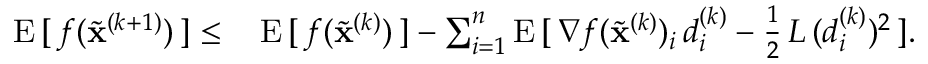
\begin{array} { r l } { \mathrm { E } \, [ \, f ( \widetilde \mathbf { x } ^ { ( k + 1 ) } ) \, ] \le \, } & { \mathrm { E } \, [ \, f ( \widetilde \mathbf { x } ^ { ( k ) } ) \, ] - \sum _ { i = 1 } ^ { n } \mathrm { E } \, [ \, \nabla f ( \widetilde \mathbf { x } ^ { ( k ) } ) _ { i } \, d _ { i } ^ { ( k ) } - \frac { 1 } { 2 } \, L \, ( d _ { i } ^ { ( k ) } ) ^ { 2 } \, ] . } \end{array}